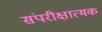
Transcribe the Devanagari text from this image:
संपरीक्षात्मक